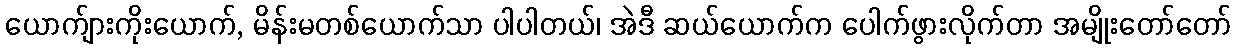
ယောက်ျားကိုးယောက်, မိန်းမတစ်ယောက်သာ ပါပါတယ်၊ အဲဒီ ဆယ်ယောက်က ပေါက်ဖွားလိုက်တာ အမျိုးတော်တော်